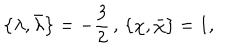
LaTeX: \left\{ \lambda , \bar { \lambda } \right\} = - \frac { 3 } { 2 } \, , \, \left\{ \chi , \bar { \chi } \right\} = 1 ,